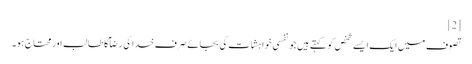
[2]
تصوف میں ایک ایسے شخص کو کہتے ہیں جو نفسی خواہشات کی بجائے صرف خدا کی رضآ کا طالب اور محتاج ہو۔